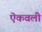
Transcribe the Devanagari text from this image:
ऎकवली